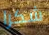
شكرا